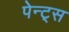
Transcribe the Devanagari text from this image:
पेन्ट्‌स